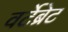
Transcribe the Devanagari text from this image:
वर्टेब्रेट